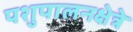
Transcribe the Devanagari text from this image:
पशुपालनक्षेत्रे